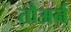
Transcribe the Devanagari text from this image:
तौअर्न